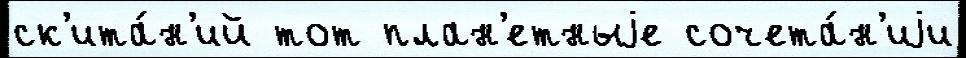
ск'ита́н'ий тот план'етныjе сочета́н'иjи